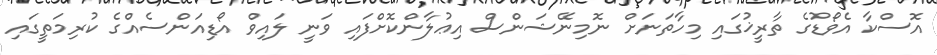
އޮސްކާ އެވޯޑުގެ ތާރީޚުގައި މިހާތަނަށް ނޮމިނޭޝަންސް އިޢުލާންކޮށްފައި ވަނީ ލައިވް އޯޑިއަންސެއްގެ ކުރިމަތީގައި